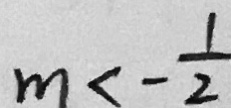
m < - \frac { 1 } { 2 }